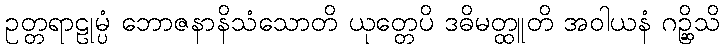
ဥတ္တရာဠုမ္ပံ ဘောဇနာနိသံသောတိ ယုတ္တေပိ ဒဓိမတ္ထူတိ အဝါယနံ ဂဉ္ဆိသိ